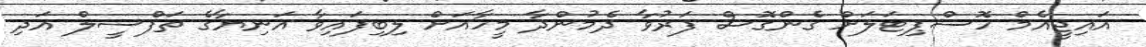
އައިޖީއެމް ހޮސްޕިޓަލަށް ގެންގޮސް ފަރުވާ ދެމުންދާ މީހާއަށް ލިބިފައިވާ އަނިޔާގެ ތަފްސީލް އަދި